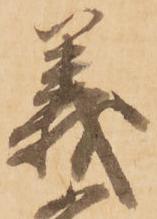
義